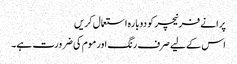
پرانے فرنیچر کو دوبارہ استعمال کریں
اس کے لیے صرف رنگ اور موم کی ضرورت ہے۔